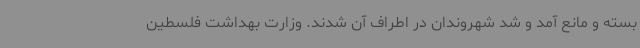
بسته و مانع آمد و شد شهروندان در اطراف آن شدند. وزارت بهداشت فلسطین